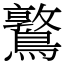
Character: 𪆃